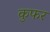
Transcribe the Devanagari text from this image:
कुफर